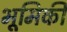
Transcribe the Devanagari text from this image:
भूमिकी